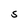
Character: S